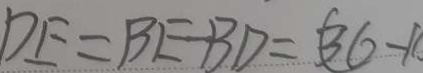
D E = B E - B D = ( 3 6 - 1